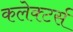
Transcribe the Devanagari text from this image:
कलेक्‍टर्स